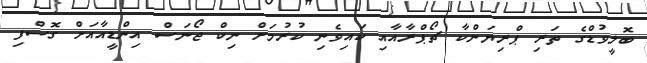
ބޮލީވުޑްގެ ތަރި ޕްރިޔަންކާ ޗޯޕްރާއާއި ކައިވެނި ކުރުމަށް ނިކް ޖޯނަސް އިންޑީއާއަށް ގޮސްފި